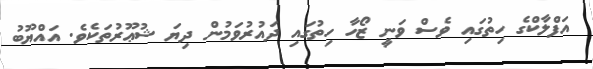
އަފްލާކްގެ ހިތުގައި ވެސް ވަނީ ޒޯހާ ހިތުގައި ދައުރުވަމުން ދިޔަ ޝުޢޫރުތަކެވެ. އައްޔޫބު